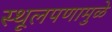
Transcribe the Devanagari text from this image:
स्थूलपणामुळे